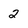
Character: 2